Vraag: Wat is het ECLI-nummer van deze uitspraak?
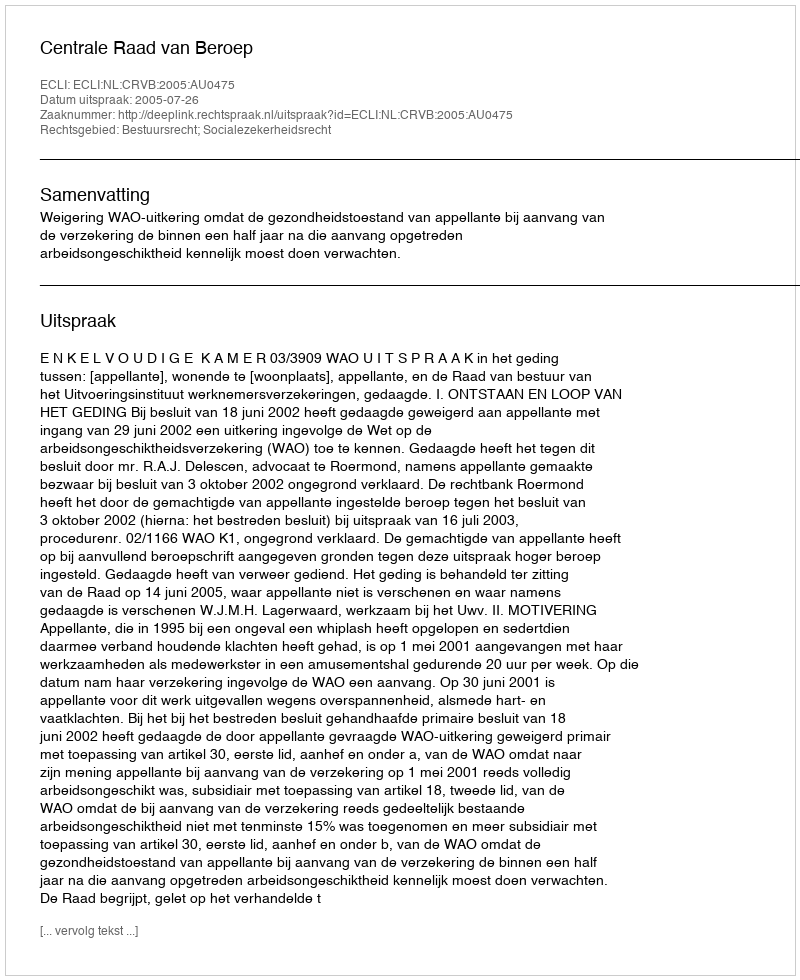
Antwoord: ECLI:NL:CRVB:2005:AU0475